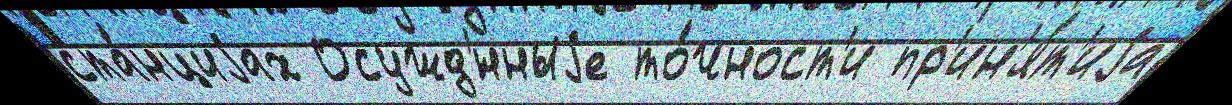
ста́нциjах Осужд'́нныjе то́чност'и пр'ин'я́т'иjа